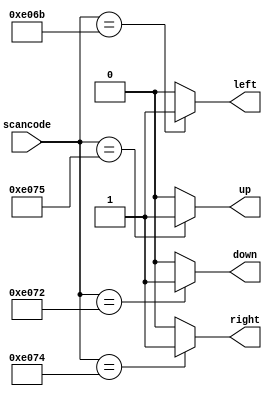
//2022-06-05 
//Avoiding latchesAlways nolatches
// synthesis verilog_input_version verilog_2001
module top_module (
    input [15:0] scancode,
    output reg left,
    output reg down,
    output reg right,
    output reg up  ); 

always @(*) begin
    up=1'b0;down=1'b0;left=1'b0;right=1'b0;
    case(scancode)
        16'he06b:left=1;
        16'he072:down=1;
        16'he074:right=1;
        16'he075:up=1;
        default:;
    endcase
end

endmodule